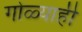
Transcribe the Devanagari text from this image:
गोळ्याही